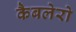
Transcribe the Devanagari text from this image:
कैबलेरो